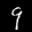
Label: 9